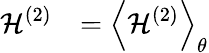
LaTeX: \begin{array}{cl}{\displaystyle\mathcal{H}^{(2)}}&{\displaystyle=\left<{\mathcal{H}^{(2)}}\right>_{\theta}}\end{array}